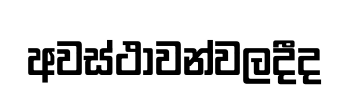
අවස්ථාවන්වලදීද